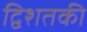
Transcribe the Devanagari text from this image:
द्विशतकी